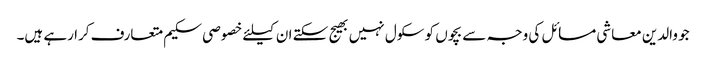
جو والدین معاشی مسائل کی وجہ سے بچوں کو سکول نہیں بھیج سکتے ان کیلئے خصوصی سکیم متعارف کرا رہے ہیں۔